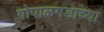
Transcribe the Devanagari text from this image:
गोपाळगडाच्या